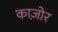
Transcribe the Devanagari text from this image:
काज़ोर